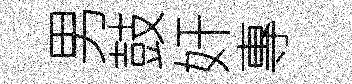
男鼓奸專